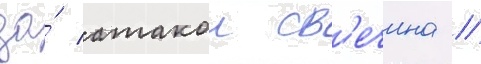
за́ атакои св'ечина /